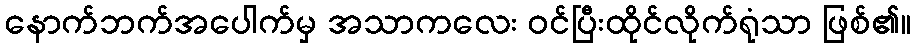
နောက်ဘက်အပေါက်မှ အသာကလေး ဝင်ပြီးထိုင်လိုက်ရုံသာ ဖြစ်၏။